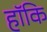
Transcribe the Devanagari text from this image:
हॉकि